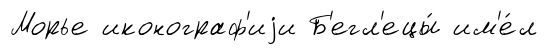
Морье иконограф'иjи Б'егл'ецы́ им'е́л